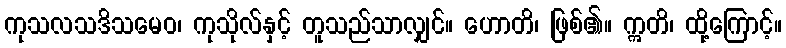
ကုသလသဒိသမေဝ၊ ကုသိုလ်နှင့် တူသည်သာလျှင်။ ဟောတိ၊ ဖြစ်၏။ ဣတိ၊ ထို့ကြောင့်။